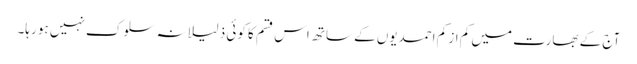
آج کے بھارت میں کم از کم احمدیوں کے ساتھ اس قسم کا کوئی ذلیلانہ سلوک نہیں ہو رہا۔